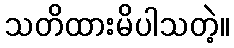
သတိထားမိပါသတဲ့။